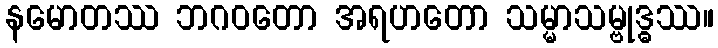
နမောတဿ ဘဂဝတော အရဟတော သမ္မာသမ္ဗုဒ္ဓဿ။